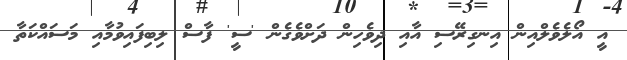
އީ އޯލެވެލްއިން އިނގިރޭސި އާއި ދިވެހިން ދަށްވެގެން 'ސީ' ފާސް ލިބިފައިވުމާއި މަސައްކަތާ